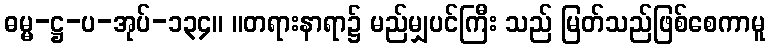
ဓမ္မ-ဋ္ဌ-ပ-အုပ်-၁၃၄။ ။တရားနာရာ၌ မည်မျှပင်ကြီး သည် မြတ်သည်ဖြစ်စေကာမူ